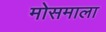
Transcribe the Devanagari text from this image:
मोसमाला